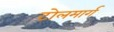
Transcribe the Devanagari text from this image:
टोलमार्ग